Leaving Certificate Examination, 1923
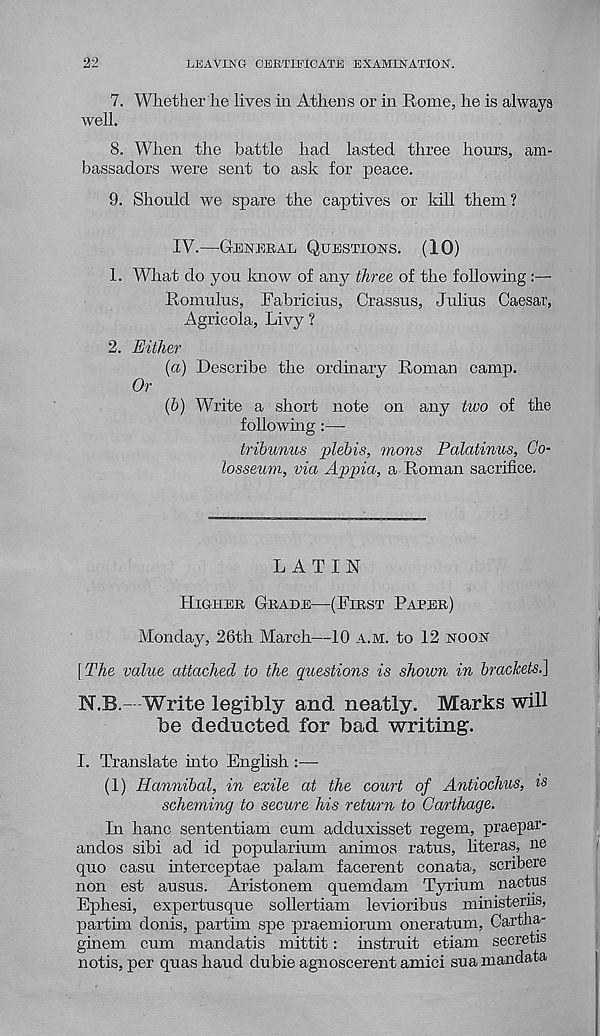
22
LEAVING CERTIFICATE EXAMINATION.
7. Whether lie lives in Athens or in Rome, he is always
well.
8. When the battle had lasted three hours, am-
bassadors were sent to ask for peace.
9. Should we spare the captives or kill them ?
IV.—GENERAL QUESTIONS. (10)
1. What do you know of any three of the following:—
Romulus, Fabricius, Crassus, Julius Caesar,
Agricola, Livy ?
2. Either
{a) Describe the ordinary Roman camp.
Or
(b) Write a short note on any two of the
following :—
tribunus
plebis, mans
Palatinus, Co-
losseum, via Appia, a Roman sacrifice.
LATIN
HIGHER GRADE—(FIRST PAPER)
Monday, 26th March—10 A.M. to 12 NOON
[The value attached to the questions is shown in brackets.]
N.B.- Write legibly and neatly. Marks will
be deducted for bad writing.
I. Translate into English :—
(1) Hannibal, in exile at the court of Antiochus, is
scheming to secure his return to Carthage.
In hanc sententiam cum adduxisset regem, praepar-
andos sibi ad id popularium animos ratus, literas, ne
quo casu interceptae palam facerent conata, scribere
non est ausus. Aristonem quemdam Tyrium nactus
Ephesi, expertusque sollertiam levioribus ministerns,
partim donis, partim spe praemiorum oneratum, Cartha-
ginem cum mandatis mittit: instruit etiam secretis
notis, per quas baud dubie agnoscerent amici sua mandata